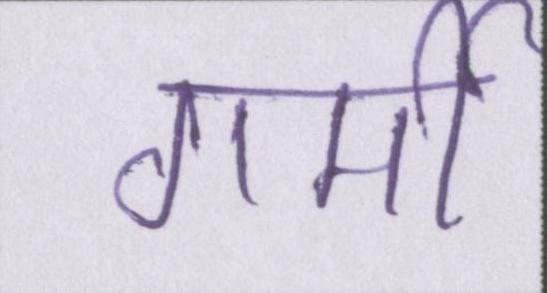
गर्मी